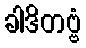
ခါဒိတဗ္ဗံ